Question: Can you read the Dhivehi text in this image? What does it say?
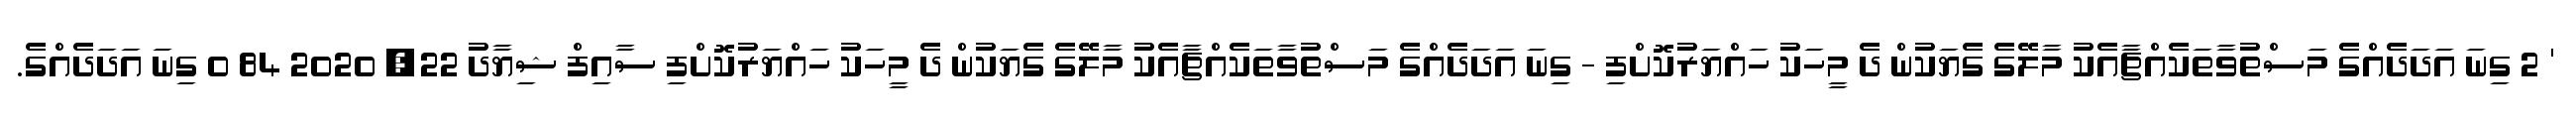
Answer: ' 2 ގިނަ އަދަދެއްގެ މަސްތުވާތަކެއްޗާއެކު މާލޭގެ ގެޔަކުން ދެ މީހަކު ހައްޔަރުކޮށްފި - ގިނަ އަދަދެއްގެ މަސްތުވާތަކެއްޗާއެކު މާލޭގެ ގެޔަކުން ދެ މީހަކު ހައްޔަރުކޮށްފި ސާއިފް ޝިޔާދު 22, 2020 84 0 ގިނަ އަދަދެއްގެ.